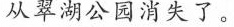
从翠湖公园消失了。